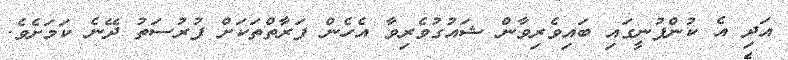
އަދި އެ ކުންފުނީގައި ބައިވެރިވާން ޝައުގުވެރިވާ އެހެން ފަރާތްތަކަށް ފުރުސަތު ދޭނެ ކަމަށެވެ.